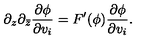
\partial _ { z } \partial _ { \bar { z } } \frac { \partial \phi } { \partial v _ { i } } = F ^ { \prime } ( \phi ) \frac { \partial \phi } { \partial v _ { i } } .